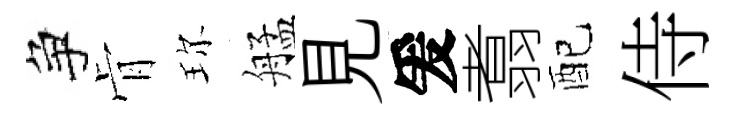
争肻珎艋見爰翥配侍